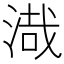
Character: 渽